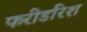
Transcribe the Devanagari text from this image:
फरीडरिश